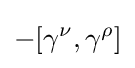
-[\gamma ^{\nu },\gamma ^{\rho }]